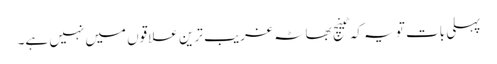
پہلی بات تو یہ کہ ٹینچ بھاٹہ غریب ترین علاقوں میں نہیں ہے۔